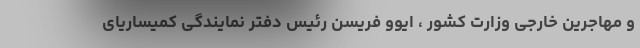
و مهاجرین خارجی وزارت کشور ، ایوو فریسن رئیس دفتر نمایندگی کمیساریای